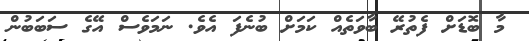
މާ ބޮޑަށް ފެތުރޭ ބާވަތެއް ކަމަށް ބުނެފަ އެވެ. ނަމަވެސް އޭގެ ސަބަބުން